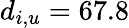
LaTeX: d_{i,u}=67.8